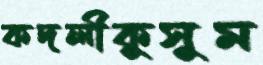
কদলীকুসুম